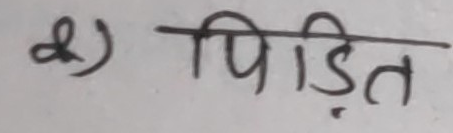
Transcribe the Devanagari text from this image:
d) पीड़ित